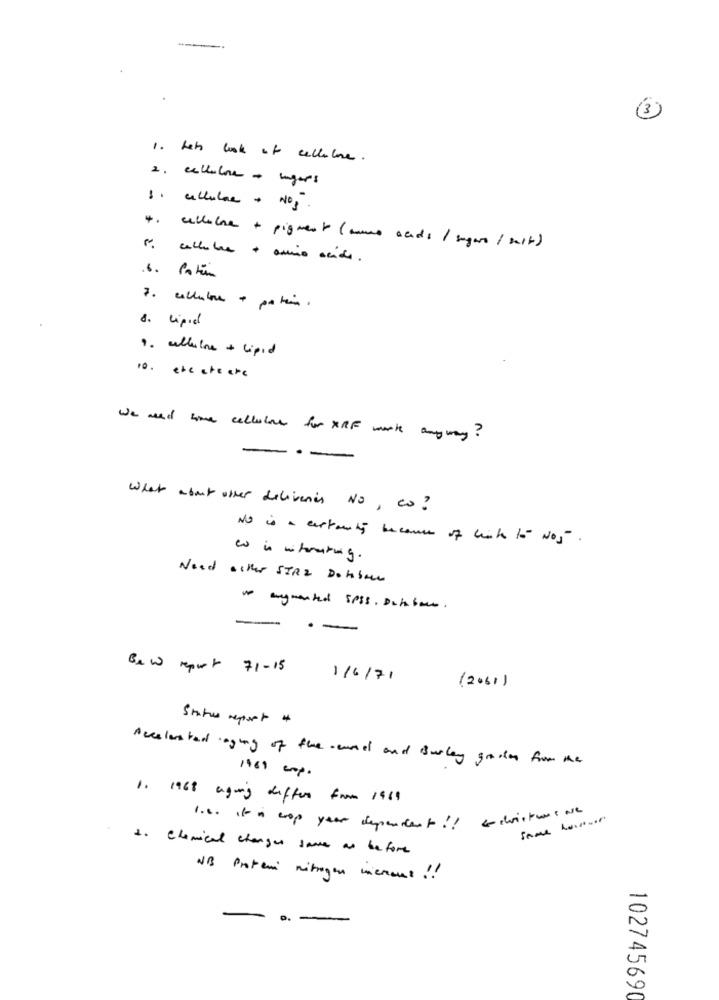
1. het book of cellulare.
2. cellulare + sugars
1. cellulare + Nos.
4. cellebra + pigmento ( mono acide / sugaro / suite)
". cellobra + amino acido.
.6. Patin
7. collabora + po tain.
8. lipid
9. cellulare + lipid
10. the creare
We need time cellulare for XRF mark anyway?
-
What about other deliveries NO, co?
NO is a certainty because of link to Nos.
w is whorating.
Need either SIRZ Dobbel
to anywanted spSS. Dubbelt.
-
--
Bew report 71-15
1/6/71
(2001)
Status report 4
Accelerated aging of the rend and Burley gade from the
1960 cmp.
1. 168 aging differ from 1969
some however
1.6. it's crop year dependent !! cochristus are
1. Chemical changes sauce au before
NB Protein nitrogen mienous !!
102745690